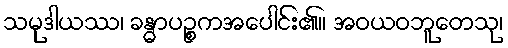
သမုဒါယဿ၊ ခန္ဓာပဉ္စကအပေါင်း၏။ အဝယဝဘူတေသု၊